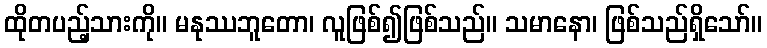
ထိုတပည့်သားကို။ မနုဿဘူတော၊ လူဖြစ်၍ဖြစ်သည်။ သမာနော၊ ဖြစ်သည်ရှိသော်။